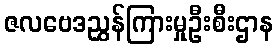
ဇလဗေဒညွှန်ကြားမှုဦးစီးဌာန